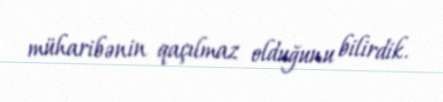
müharibənin qaçılmaz olduğunu bilirdik.